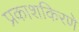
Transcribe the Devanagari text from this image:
प्रकाशकिरणे